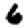
Digit: 6